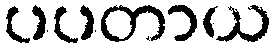
ပပတာယ